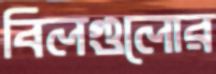
বিলগুলোর